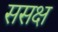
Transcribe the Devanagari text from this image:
ससक्ष